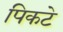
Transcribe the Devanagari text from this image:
पिकटे